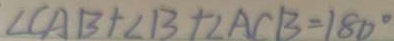
\angle C A B + \angle B + \angle A C B = 1 8 0 ^ { \circ }